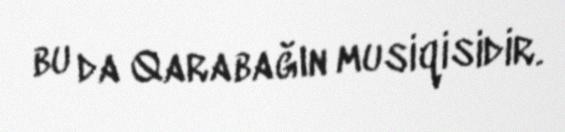
bu da Qarabağın musiqisidir.